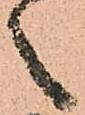
之